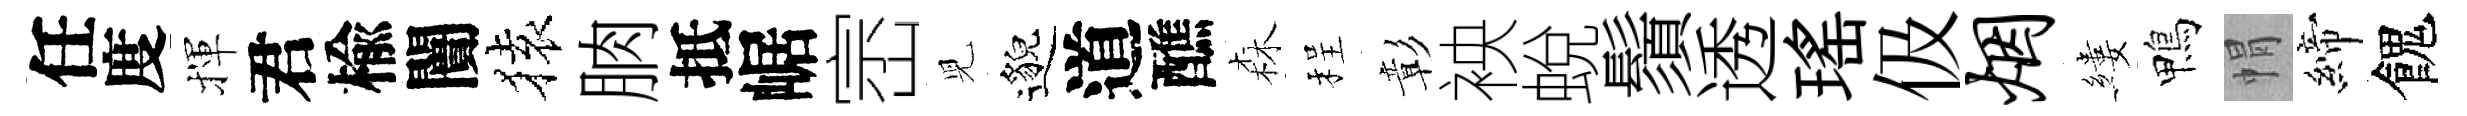
任度揮君楡闠𫞤朒抵崌崈児邈道醮森程彰䘧蛻鬚透瑤伋烟縷鴨㡌締餽